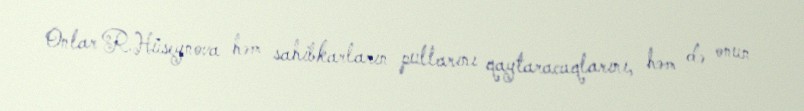
Onlar R.Hüseynova həm sahibkarların pullarını qaytaracaqlarını, həm də onun